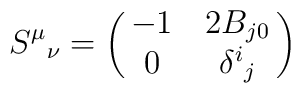
S^\mu{}_\nu =  \pmatrix{  -1 &2 B_{j0} \cr   0 & \delta^i{}_j \cr }